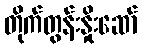
တိုက်တွန်းနှိုးဆော်